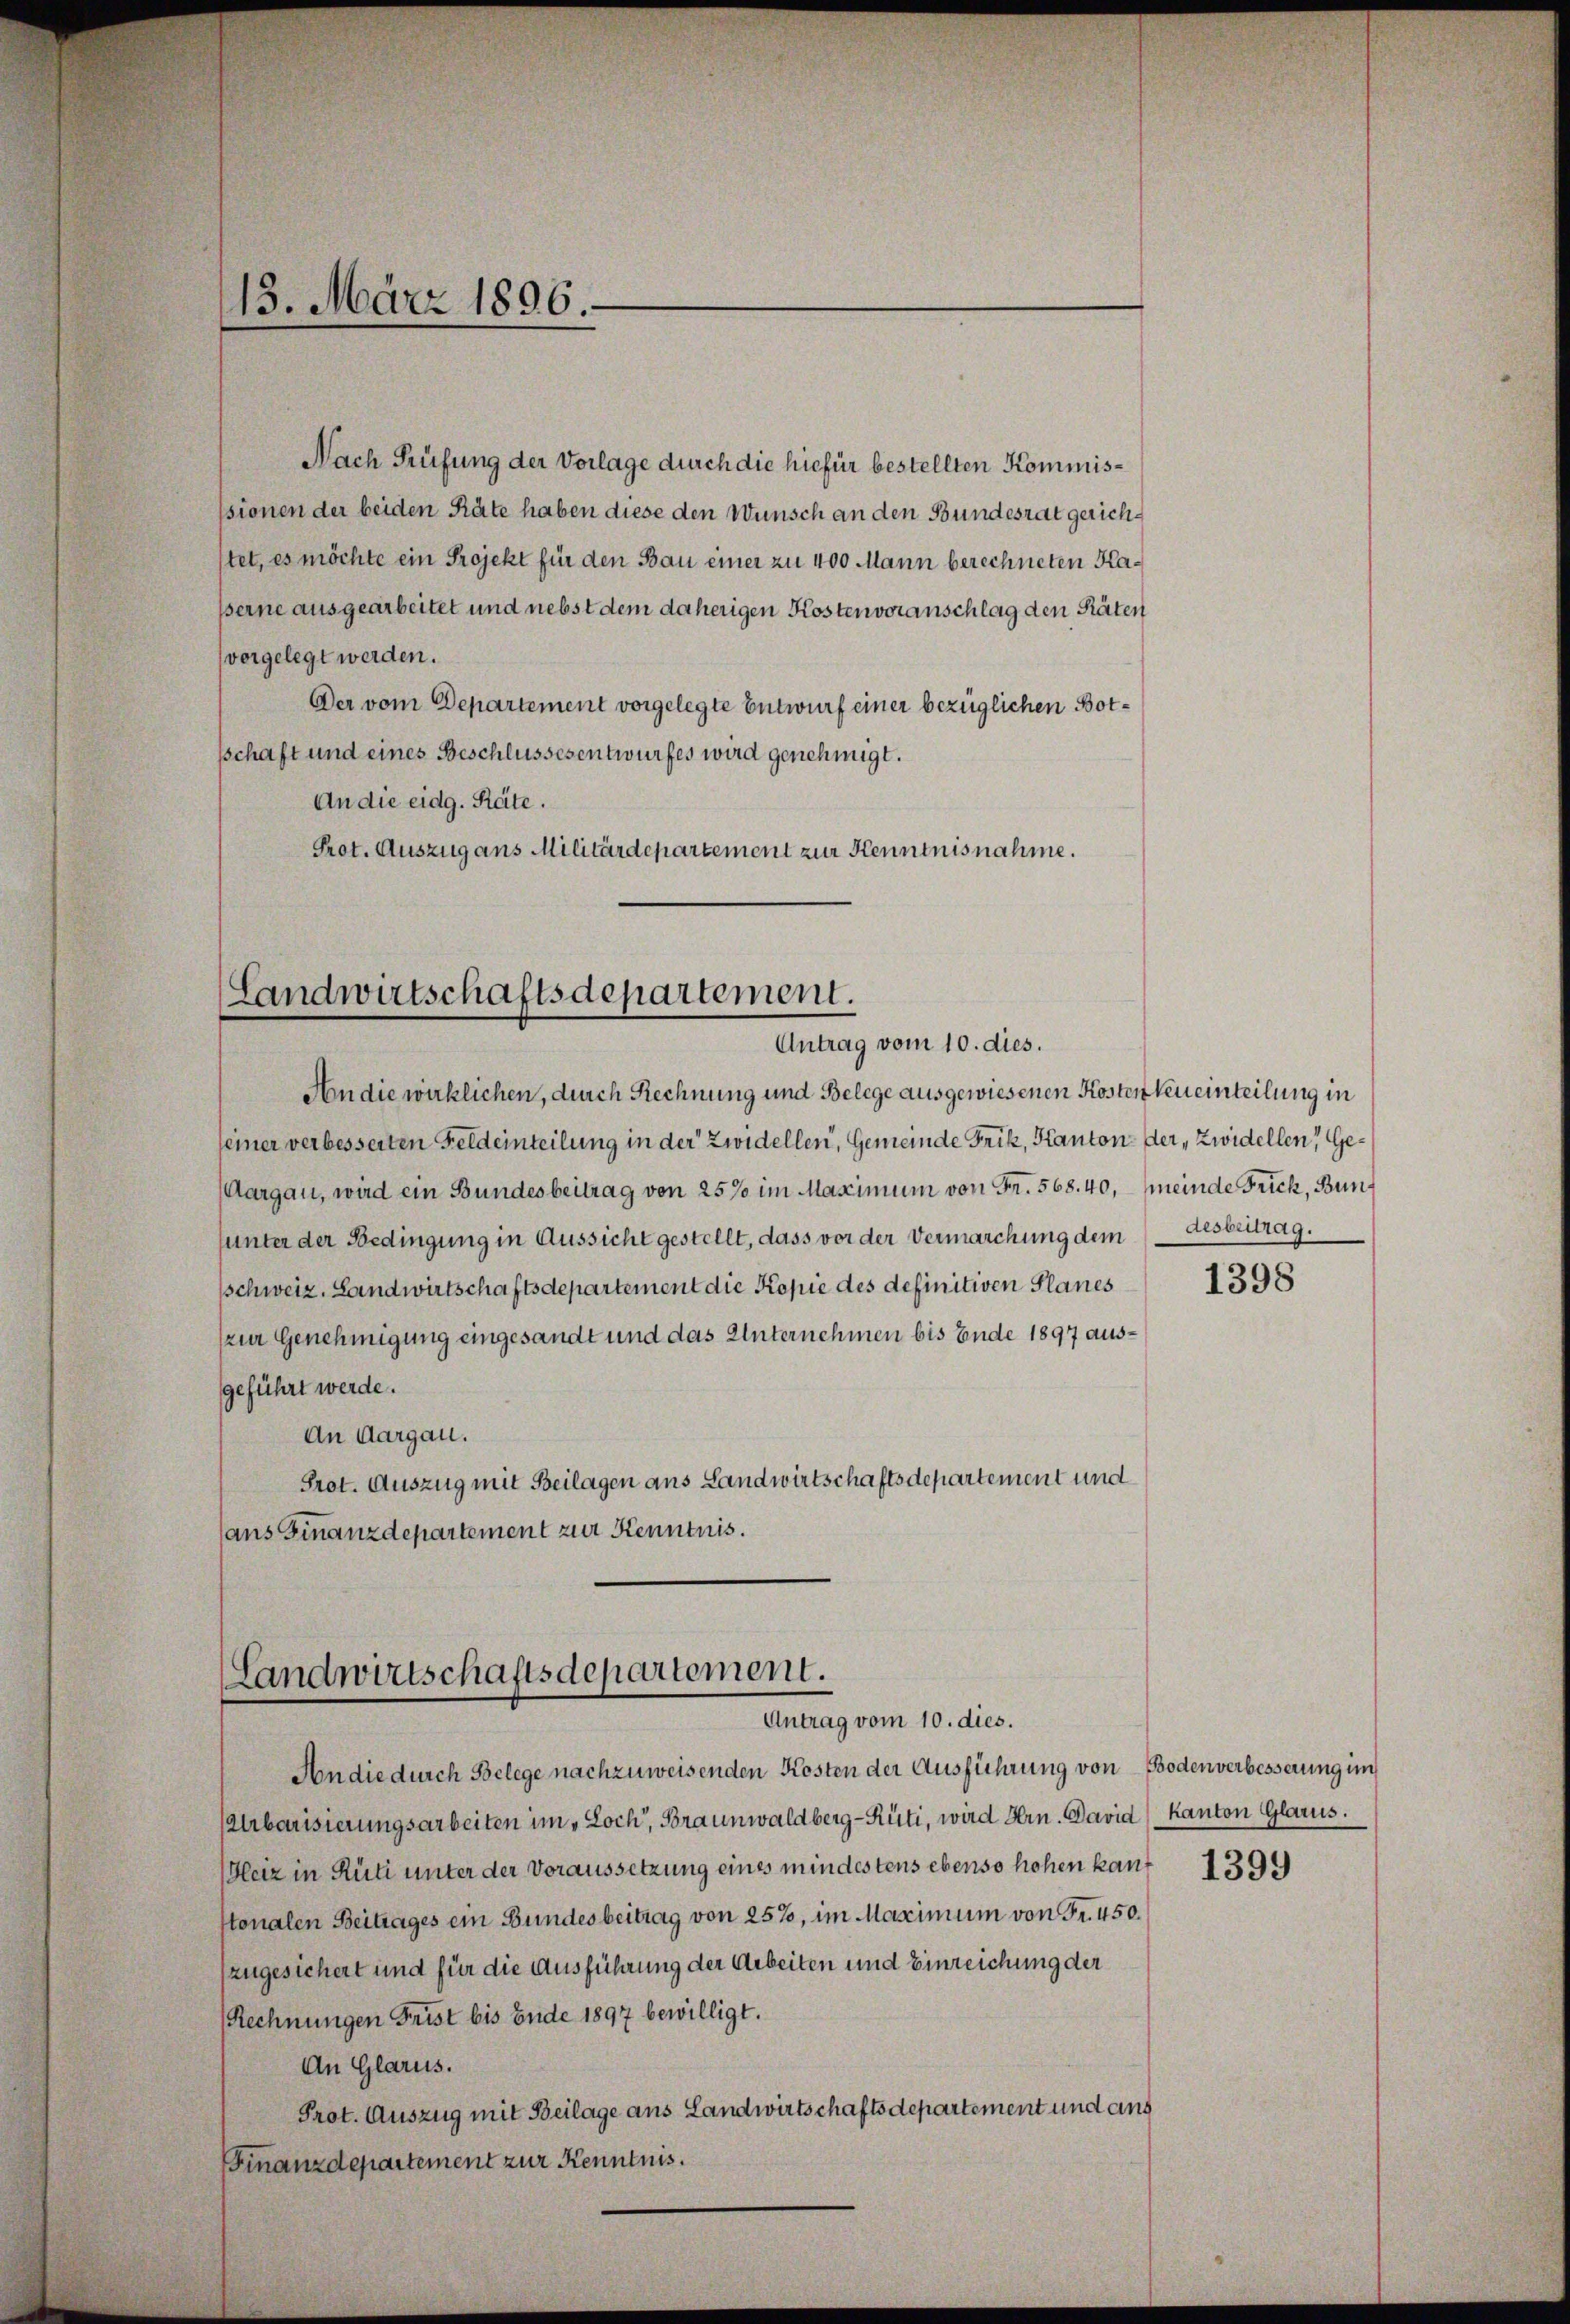
113. März 1896.

Nach Prüfung der Vorlage durch die hiefür bestellten Kommisssionen der beiden Räte haben diese den Wunsch an den Bundesrat gerichstet, es möchte ein Projekt für den Bau einer zu 400 Mann berechneten Kasserne ausgearbeitet und nebst dem daherigen Kosten voranschlag den Räten
vorgelegt werden.
Der vom Departement vorgelegte Entwurf einer bezüglichen Botsschaft und eines Beschlussesentwurfes wird genehmigt.
An die eidg. Räte.
Prot. Auszug aus Militärdepartement zur Kenntnisnahme.
Am die wirklichen, durch Rechnung und Belege ausgewiesenen Kostenten einteilung in
seiner verbesserten Feldeinteilung in der Zwidellen, Gemeinde Frik, Kanton der, Zwidellen, Ge¬
(Aargau, wird ein Bundesbeitrag von 25% im Maximum von Fr. 568. 40, (meinde Frick, Bununter der Bedingung in Aussicht gestellt, dass vor der Vermarchung dem (desbeitrag.
schweiz. Landwirtschaftsdepartement die Kopie des definitiven Planes
(zur Genehmigung eingesandt und das Unternehmen bis Ende 1897 ausgeführt werde.
An Aargau.
Prot. Auszug mit Beilagen aus Landwirtschaftsdepartement und
ans Finanzdepartement zur Kenntnis.

Landwirtschaftsdepartement.
Antrag vom 10. dies.

Landwirtschaftsdepartement.
Antrag vom 10. dies.

An die durch Belege nachzuweisenden Kosten der Ausführung von Bodenverbesserung im
Urbarisierungsarbeiten im Loch, Braunwaldberg-Rüti, wird Hrn. David Kanton Glarus.
Heiz in Rüti unter der Voraussetzung eines mindestens ebenso hohen kant
stonalen Beitrages ein Bundesbeitrag von 25%, im Maximum von Fr. 450.
zugesichert und für die Ausführung der Arbeiten und Einreichung der
(Rechnungen Frist bis Ende 1897 bewilligt.
An Glarus.
Prot. Auszug mit Beilage aus Landwirtschaftsdepartement und ans
Finanzdepartement zur Kenntnis.

1398

1399